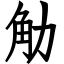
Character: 觔